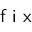
\textsf { f i x }